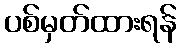
ပစ်မှတ်ထားရန်